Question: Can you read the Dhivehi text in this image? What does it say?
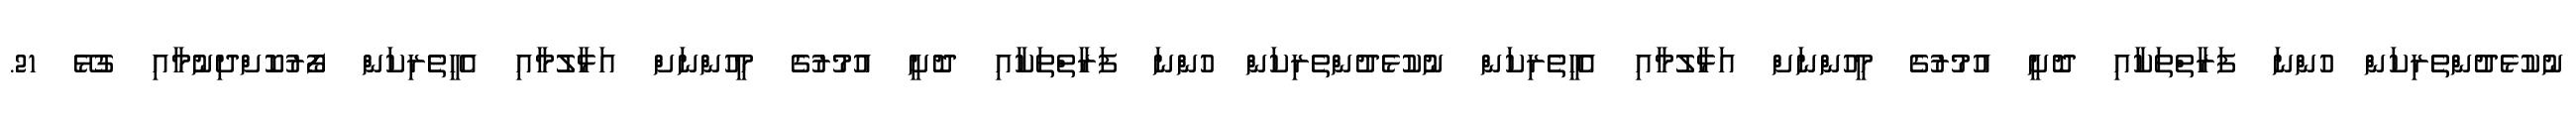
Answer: ނުކުޅެދުންތެރިކަން ހުންނަ ފަރާތްތަކާއި ދޮށީ އުމުރުގެ މީހުންނަށް އަޅާލުމާއި އެހީތެރިކަން ނުކުޅެދުންތެރިކަން ހުންނަ ފަރާތްތަކާއި ދޮށީ އުމުރުގެ މީހުންނަށް އަޅާލުމާއި އެހީތެރިކަން ފޯރުކޮށްދިނުމާއި ގުޅޭ 21.